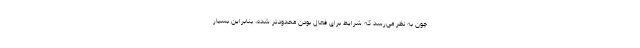
چون به نظر می‌رسد که شرایط برای فعال بودن محدودتر شده، بنابراین بسیار